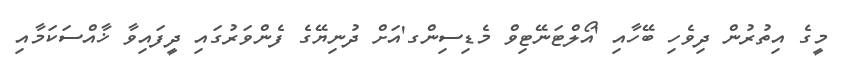
މީގެ އިތުރުން ދިވެހި ބޭހާއި 'އޯލްޓަނޭޓިވް މެޑިސިންގ'އަށް ދުނިޔޭގެ ފެންވަރުގައި ދީފައިވާ ޚާއްސަކަމާއި